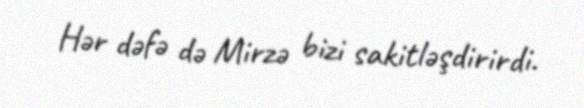
Hər dəfə də Mirzə bizi sakitləşdirirdi.